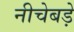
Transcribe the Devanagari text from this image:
नीचेबड़े